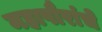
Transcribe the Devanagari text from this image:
महापौरांचे